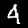
Digit: 4